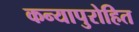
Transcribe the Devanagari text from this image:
कन्यापुरोहित